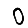
Digit: 0